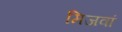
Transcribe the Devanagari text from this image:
मिजवां